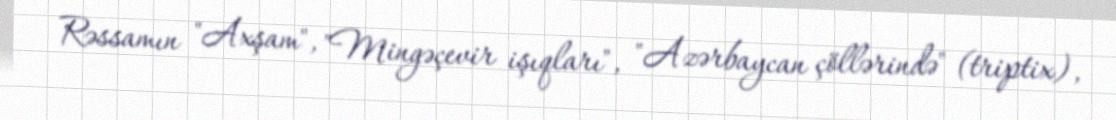
Rəssamın "Axşam", "Mingəçevir işıqları", "Azərbaycan çöllərində" (triptix),